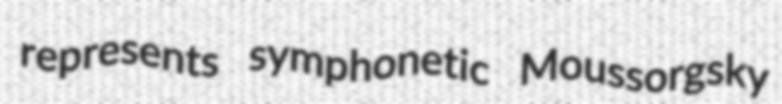
represents symphonetic Moussorgsky